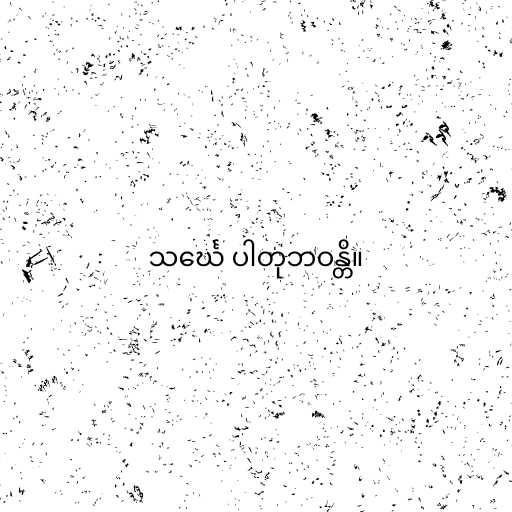
သင်္ဃေ ပါတုဘဝန္တိ။